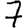
Digit: 7